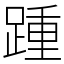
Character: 踵